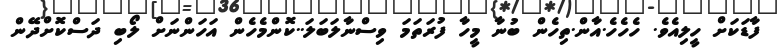
ފާޑަކަށް ހީލިއެވެ. ހެހެހެ.އާން.ތިހެން ބުނާ މީހާ ފުރަތަމަ ވިސްނާލަބަލަ..ކޮންމެހެން އަހަންނަށް ލޯބި ދަސްކޮށްދޭން